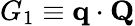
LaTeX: G_{1}\equiv\mathbf{q}\cdot\mathbf{Q}